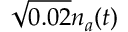
\sqrt { 0 . 0 2 } n _ { a } ( t )